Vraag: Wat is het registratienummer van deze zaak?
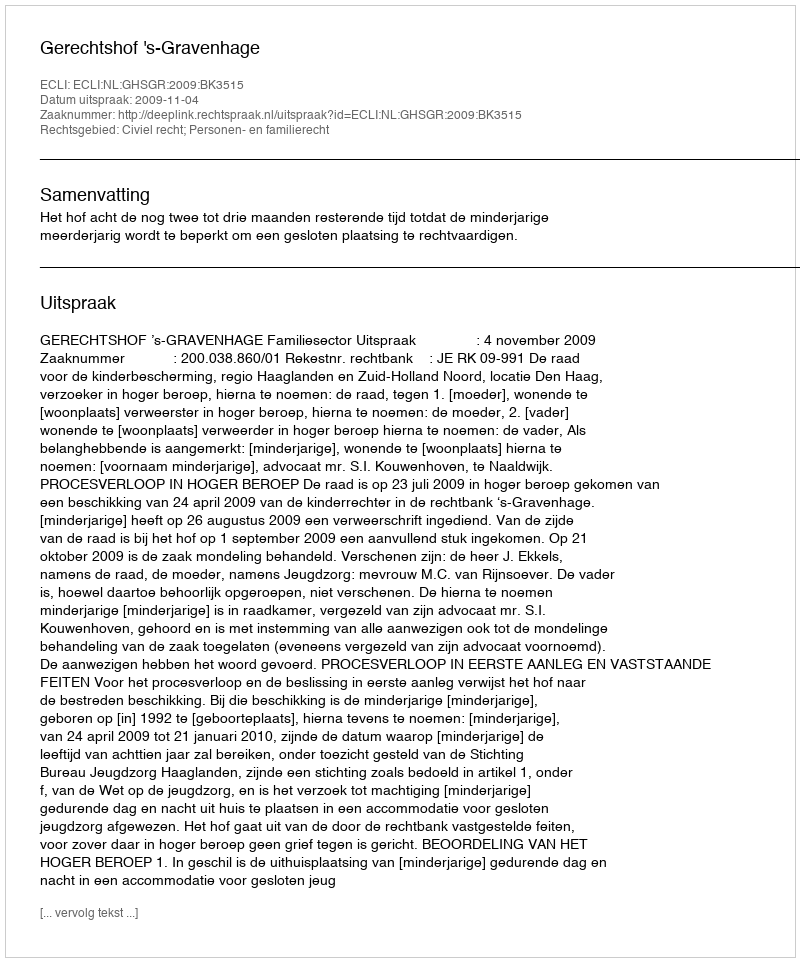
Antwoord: http://deeplink.rechtspraak.nl/uitspraak?id=ECLI:NL:GHSGR:2009:BK3515